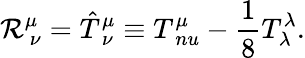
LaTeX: {\cal R}_{\ \nu}^{\mu}={\hat{T}}_{\ \nu}^{\mu}\equiv T_{\, nu}^{\mu}-{\frac{1}{8}}T_{\lambda}^{\lambda}.